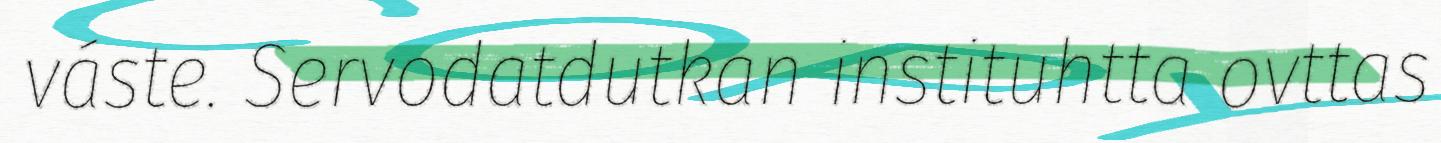
váste. Servodatdutkan instituhtta ovttas